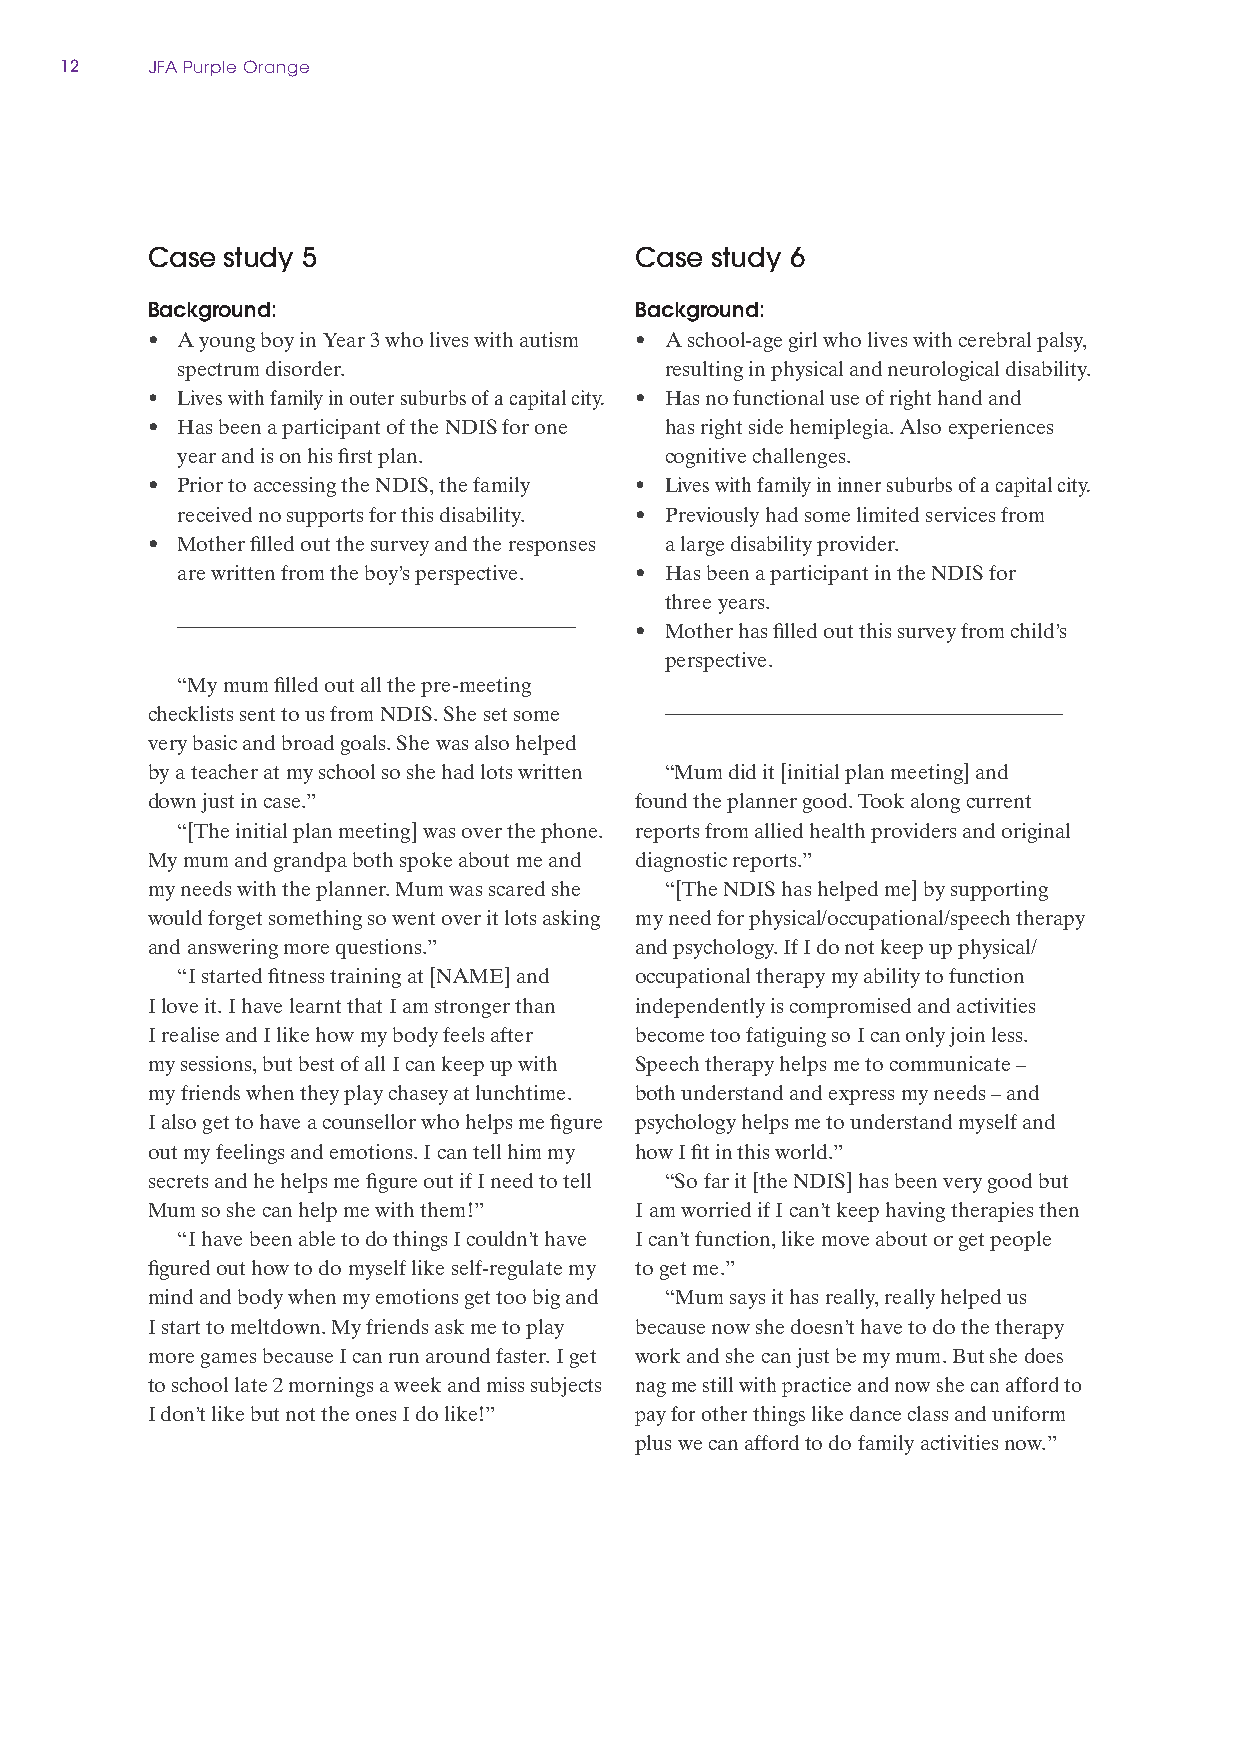
12    JFA Purple Orange
 Case study 5                    Case study 6
 Background:                     Background:
 • A young boy in Year 3 who lives with autism • A school‑age girl who lives with cerebral palsy,
 spectrum disorder.              resulting in physical and neurological disability.
 • Lives with family in outer suburbs of a capital city. • Has no functional use of right hand and
 • Has been a participant of the NDIS for one has right side hemiplegia. Also experiences
 year and is on his first plan.  cognitive challenges.
 • Prior to accessing the NDIS, the family • Lives with family in inner suburbs of a capital city.
 received no supports for this disability. • Previously had some limited services from
 • Mother filled out the survey and the responses a large disability provider.
 are written from the boy’s perspective. • Has been a participant in the NDIS for
 three years.
 • Mother has filled out this survey from child’s
 perspective.
 “My mum filled out all the pre‑meeting
 checklists sent to us from NDIS. She set some
 very basic and broad goals. She was also helped
 by a teacher at my school so she had lots written “Mum did it [initial plan meeting] and
 down just in case.”             found the planner good. Took along current
 “[The initial plan meeting] was over the phone. reports from allied health providers and original
 My mum and grandpa both spoke about me and diagnostic reports.”
 my needs with the planner. Mum was scared she “[The NDIS has helped me] by supporting
 would forget something so went over it lots asking my need for physical/occupational/speech therapy
 and answering more questions.”  and psychology. If I do not keep up physical/
 “I started fitness training at [NAME] and occupational therapy my ability to function
 I love it. I have learnt that I am stronger than independently is compromised and activities
 I realise and I like how my body feels after become too fatiguing so I can only join less.
 my sessions, but best of all I can keep up with Speech therapy helps me to communicate –
 my friends when they play chasey at lunchtime. both understand and express my needs – and
 I also get to have a counsellor who helps me figure psychology helps me to understand myself and
 out my feelings and emotions. I can tell him my how I fit in this world.”
 secrets and he helps me figure out if I need to tell “So far it [the NDIS] has been very good but
 Mum so she can help me with them!” I am worried if I can’t keep having therapies then
 “I have been able to do things I couldn’t have I can’t function, like move about or get people
 figured out how to do myself like self‑regulate my to get me.”
 mind and body when my emotions get too big and “Mum says it has really, really helped us
 I start to meltdown. My friends ask me to play because now she doesn’t have to do the therapy
 more games because I can run around faster. I get work and she can just be my mum. But she does
 to school late 2 mornings a week and miss subjects nag me still with practice and now she can afford to
 I don’t like but not the ones I do like!” pay for other things like dance class and uniform
 plus we can afford to do family activities now.”